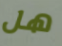
هل